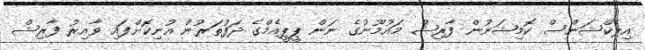
އިލެކްޝަންސް ކޮމިޝަނުން ފާރިޝް މައުމޫނުގެ ނަން ޕީޕީއެމްގެ ދަފުތަރުން އުނިކޮށްފައި ވާއިރު ފާރިޝް